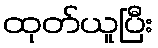
ထုတ်ယူပြီး